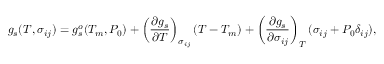
g _ { s } ( T , \sigma _ { i j } ) = g _ { s } ^ { o } ( T _ { m } , P _ { 0 } ) + \left( \frac { \partial g _ { s } } { \partial T } \right) _ { \sigma _ { i j } } ( T - T _ { m } ) + \left( \frac { \partial g _ { s } } { \partial \sigma _ { i j } } \right) _ { T } ( \sigma _ { i j } + P _ { 0 } \delta _ { i j } ) ,